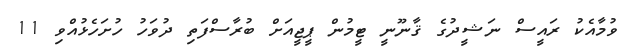
ވުމާއެކު ރައީސް ނަޝީދުގެ ޤާނޫނީ ޓީމުން ޕީޖީއަށް ބުރާސްފަތި ދުވަހު ހުށަހެޅުއްވި 11